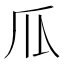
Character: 𰢛